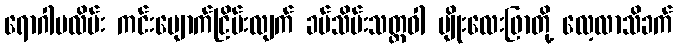
ရောဂါမလိမ်း ကင်းပျောက်ငြိမ်းလျက် ခပ်သိမ်းသတ္တဝါ မျိုးလေးဖြာတို့ လေ့လာသိခက်